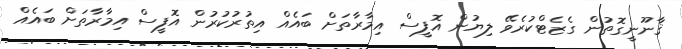
ޤާނޫނީގޮތުން ގެޒެޓްކުރެވޭ ލިޔުން އޮފީސް އިމާރާތަށް ބައެއް އިތުރުކުރުން އޮފީސް އިމާރާތަށް ބައެއް